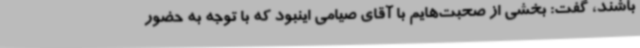
باشند، گفت: بخشی از صحبت‌هایم با آقای صیامی اینبود که با توجه به حضور